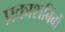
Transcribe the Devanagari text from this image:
प्रकाशबिंबों